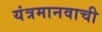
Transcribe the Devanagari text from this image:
यंत्रमानवाची